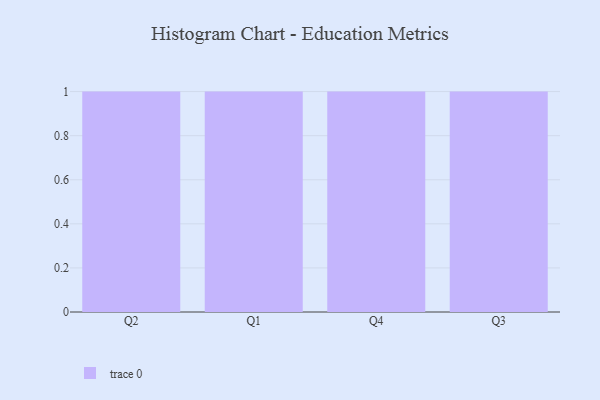
{"axis": {"x": "Quarter", "y": "Headcount"}, "legend": [""], "data": [{"x": "Q2", "y": 58, "type": ""}, {"x": "Q1", "y": 93, "type": ""}, {"x": "Q4", "y": 64, "type": ""}, {"x": "Q3", "y": 67, "type": ""}]}